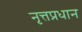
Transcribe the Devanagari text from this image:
नृत्तप्रधान